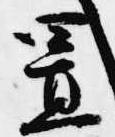
置